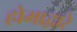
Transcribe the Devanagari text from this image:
होमाद्वारे